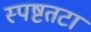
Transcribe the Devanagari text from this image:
स्पष्टतटा